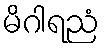
မိဂါရညံ